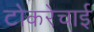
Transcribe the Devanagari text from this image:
टोकरेचाई